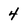
Character: 4